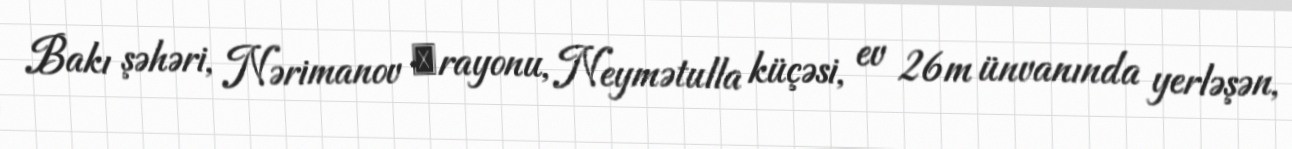
Bakı şəhəri, Nərimanov ‎rayonu, Neymətulla küçəsi, ev 26m ünvanında yerləşən,